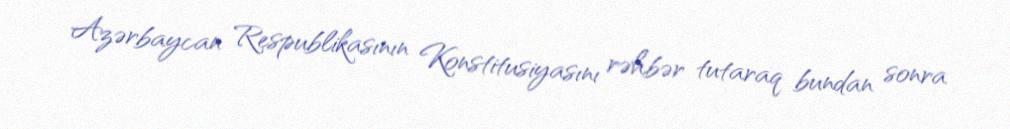
Azərbaycan Respublikasının Konstitusiyasını rəhbər tutaraq bundan sonra